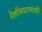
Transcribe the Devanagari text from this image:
रेशीमधाग्याची